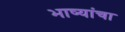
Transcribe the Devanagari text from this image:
भाष्यांचा